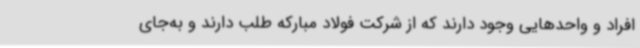
افراد و واحدهایی وجود دارند که از شرکت فولاد مبارکه طلب دارند و به‌جای